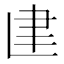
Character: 𰭼